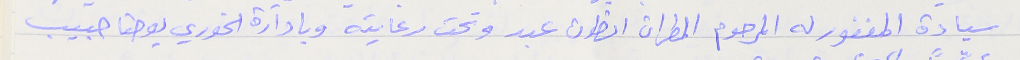
سيادة المغفور له المرحوم المطران انطون عبد وتحت رعايته وبادارة الخوري يوحنا حبيب